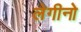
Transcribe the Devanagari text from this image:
लेगीनो